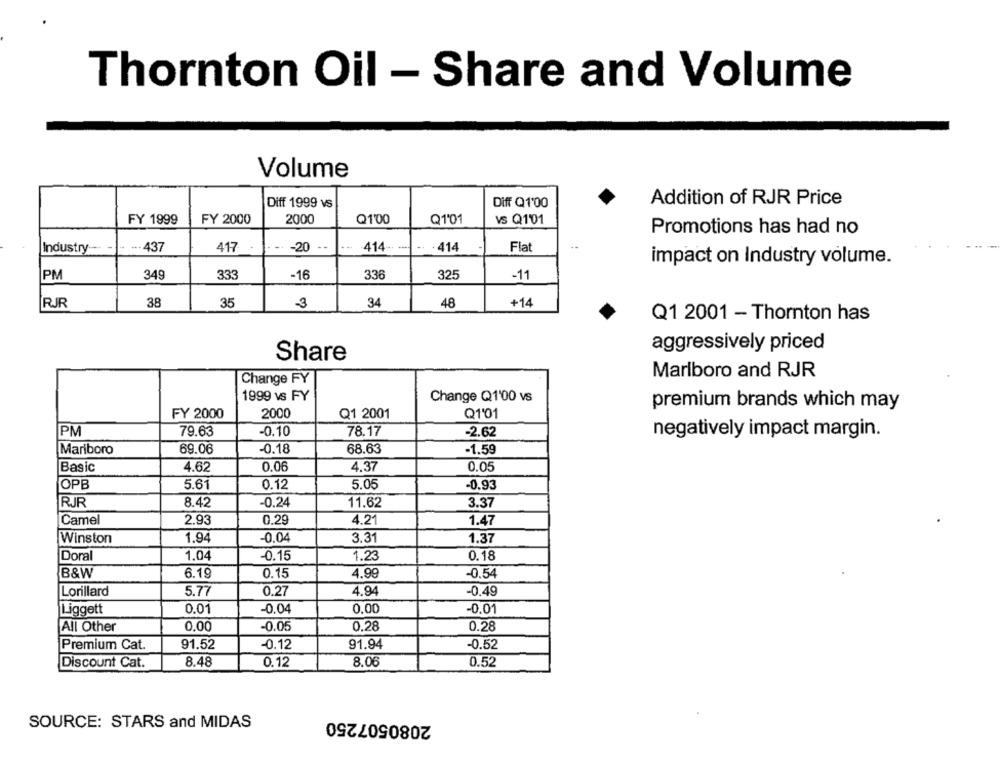
Thornton Oil - Share and Volume
Volume
Diff 1999 vS
Diff Q1'00
Addition of RJR Price
FY 1999
FY 2000
2000
Q1'00
Q1'01
VS Q101
Promotions has had no
Industry
--- 437
417
-20
414-
· 414
Flat
impact on Industry volume.
PM
349
333
336
325
-16
-11
RJR
38
35
-3
34
48
+14
Q1 2001 - Thornton has
aggressively priced
Share
Marlboro and RJR
Change FY
1999 vs FY
Change Q1'00 vs
premium brands which may
FY 2000
2000
Q1 2001
Q1'01
PM
79.63
-0.10
78.17
-2.62
negatively impact margin.
Mariboro
69.06
-0.18
68.63
-1.59
4.37
0.05
Basic
4.62
0.06
OPB
5.61
0.12
5.05
-0.93
RJR
8.42
-0.24
11,62
3.37
0.29
4.21
Camel
2.93
1.47
Winston
1.94
-0.04
3.31
1.37
Doral
1.04
-0.15
1.23
0.18
B&W
6.19
0.15
4.99
-0.54
Lorillard
5.77
0.27
4.94
-0.49
Liggett
0.0
-0,04
0,00
-0.01
0,00
-0.05
0.28
0.28
All Other
Premium Cat.
91.52
-0.12
91.94
-0.52
Discount Cat.
8.48
0.12
8.06
0.52
2080507250
SOURCE: STARS and MIDAS